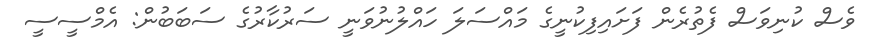
ވެސް ކުނިވަސް ފެތުރެން ފަށައިފިކުނީގެ މައްސަލަ ހައްލުނުވަނީ ސަރުކާރުގެ ސަބަބުން: އެމްސީސީ